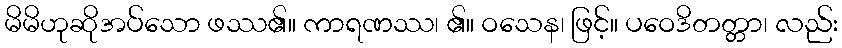
မိမိဟုဆိုအပ်သော ဖဿ၏။ ကာရဏဿ၊ ၏။ ဝသေန၊ ဖြင့်။ ပဝေဒိတတ္တာ၊ လည်း